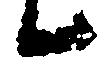
候